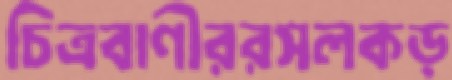
চিত্রবাণীররসলকড়